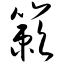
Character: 簌